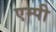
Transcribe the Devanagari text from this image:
एम्पी